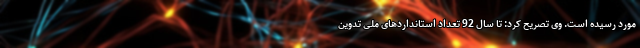
مورد رسیده است. وی تصریح کرد: تا سال 92 تعداد استانداردهای ملی تدوین